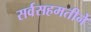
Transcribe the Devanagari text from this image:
सर्वसहमतीने